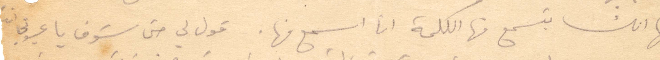
لها انك بتسمع منه الكلمة انا اسمه منها. قول لي حتى شوف يا عيوني